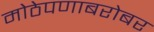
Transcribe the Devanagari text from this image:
मोठेपणाबरोबर